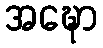
အဍ္ဎော